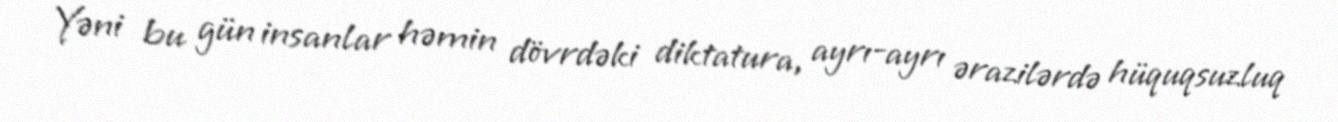
Yəni bu gün insanlar həmin dövrdəki diktatura, ayrı-ayrı ərazilərdə hüquqsuzluq